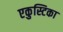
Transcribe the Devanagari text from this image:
एकुस्टिका